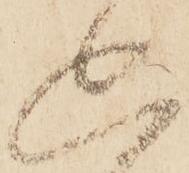
思